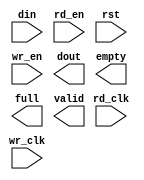
module async_fifo_64by16(
	din,
	rd_clk,
	rd_en,
	rst,
	wr_clk,
	wr_en,
	dout,
	empty,
	full,
	valid);


input [63 : 0] din;
input rd_clk;
input rd_en;
input rst;
input wr_clk;
input wr_en;
output [63 : 0] dout;
output empty;
output full;
output valid;

// synthesis translate_off

      FIFO_GENERATOR_V4_4 #(
		.C_COMMON_CLOCK(0),
		.C_COUNT_TYPE(0),
		.C_DATA_COUNT_WIDTH(10),
		.C_DEFAULT_VALUE("BlankString"),
		.C_DIN_WIDTH(64),
		.C_DOUT_RST_VAL("0"),
		.C_DOUT_WIDTH(64),
		.C_ENABLE_RLOCS(0),
		.C_FAMILY("virtex5"),
		.C_FULL_FLAGS_RST_VAL(1),
		.C_HAS_ALMOST_EMPTY(0),
		.C_HAS_ALMOST_FULL(0),
		.C_HAS_BACKUP(0),
		.C_HAS_DATA_COUNT(0),
		.C_HAS_INT_CLK(0),
		.C_HAS_MEMINIT_FILE(0),
		.C_HAS_OVERFLOW(0),
		.C_HAS_RD_DATA_COUNT(0),
		.C_HAS_RD_RST(0),
		.C_HAS_RST(1),
		.C_HAS_SRST(0),
		.C_HAS_UNDERFLOW(0),
		.C_HAS_VALID(1),
		.C_HAS_WR_ACK(0),
		.C_HAS_WR_DATA_COUNT(0),
		.C_HAS_WR_RST(0),
		.C_IMPLEMENTATION_TYPE(2),
		.C_INIT_WR_PNTR_VAL(0),
		.C_MEMORY_TYPE(2),
		.C_MIF_FILE_NAME("BlankString"),
		.C_MSGON_VAL(1),
		.C_OPTIMIZATION_MODE(0),
		.C_OVERFLOW_LOW(0),
		.C_PRELOAD_LATENCY(1),
		.C_PRELOAD_REGS(0),
		.C_PRIM_FIFO_TYPE("1kx36"),
		.C_PROG_EMPTY_THRESH_ASSERT_VAL(2),
		.C_PROG_EMPTY_THRESH_NEGATE_VAL(3),
		.C_PROG_EMPTY_TYPE(0),
		.C_PROG_FULL_THRESH_ASSERT_VAL(1021),
		.C_PROG_FULL_THRESH_NEGATE_VAL(1020),
		.C_PROG_FULL_TYPE(0),
		.C_RD_DATA_COUNT_WIDTH(10),
		.C_RD_DEPTH(1024),
		.C_RD_FREQ(1),
		.C_RD_PNTR_WIDTH(10),
		.C_UNDERFLOW_LOW(0),
		.C_USE_DOUT_RST(1),
		.C_USE_ECC(0),
		.C_USE_EMBEDDED_REG(0),
		.C_USE_FIFO16_FLAGS(0),
		.C_USE_FWFT_DATA_COUNT(0),
		.C_VALID_LOW(0),
		.C_WR_ACK_LOW(0),
		.C_WR_DATA_COUNT_WIDTH(10),
		.C_WR_DEPTH(1024),
		.C_WR_FREQ(1),
		.C_WR_PNTR_WIDTH(10),
		.C_WR_RESPONSE_LATENCY(1))
	inst (
		.DIN(din),
		.RD_CLK(rd_clk),
		.RD_EN(rd_en),
		.RST(rst),
		.WR_CLK(wr_clk),
		.WR_EN(wr_en),
		.DOUT(dout),
		.EMPTY(empty),
		.FULL(full),
		.VALID(valid),
		.CLK(),
		.INT_CLK(),
		.BACKUP(),
		.BACKUP_MARKER(),
		.PROG_EMPTY_THRESH(),
		.PROG_EMPTY_THRESH_ASSERT(),
		.PROG_EMPTY_THRESH_NEGATE(),
		.PROG_FULL_THRESH(),
		.PROG_FULL_THRESH_ASSERT(),
		.PROG_FULL_THRESH_NEGATE(),
		.RD_RST(),
		.SRST(),
		.WR_RST(),
		.ALMOST_EMPTY(),
		.ALMOST_FULL(),
		.DATA_COUNT(),
		.OVERFLOW(),
		.PROG_EMPTY(),
		.PROG_FULL(),
		.RD_DATA_COUNT(),
		.UNDERFLOW(),
		.WR_ACK(),
		.WR_DATA_COUNT(),
		.SBITERR(),
		.DBITERR());


// synthesis translate_on

endmodule